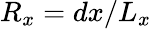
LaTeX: R_{x}=dx/L_{x}